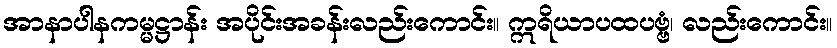
အာနာပါနကမ္မဋ္ဌာန်း အပိုင်းအခန်းလည်းကောင်း။ ဣရိယာပထပဗ္ဗံ၊ လည်းကောင်း။